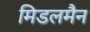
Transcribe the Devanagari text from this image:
मिडलमैन